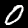
Digit: 0